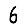
Digit: 6